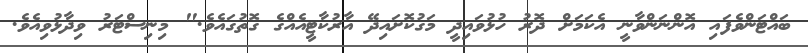
ބައްޓަންވެފައި އޮންނަންވާނީ އެކަމަށް ދޮރު ހުޅުވައިދީ މަގުކޮށައިދޭ އާރުކާޓީއެއްގެ ގޮތުގައެވެ." މިނިސްޓަރު ވިދާޅުވިއެވެ.